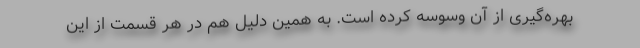
بهره‌گیری از آن وسوسه کرده است. به همین دلیل هم در هر قسمت از این